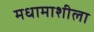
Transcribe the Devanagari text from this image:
मधामाशीला